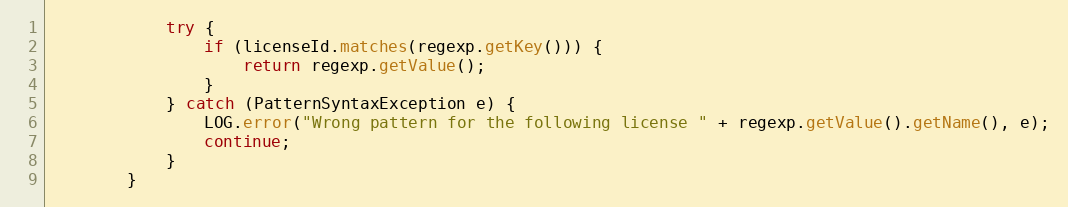
Language: Java
            try {
                if (licenseId.matches(regexp.getKey())) {
                    return regexp.getValue();
                }
            } catch (PatternSyntaxException e) {
                LOG.error("Wrong pattern for the following license " + regexp.getValue().getName(), e);
                continue;
            }
        }